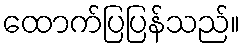
ထောက်ပြပြန်သည်။